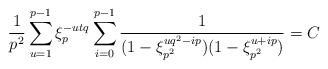
LaTeX: \begin{align*}\frac{1}{p^2}\sum_{u=1}^{p-1}\xi_{p}^{-utq}\sum_{i=0}^{p-1}\frac{1}{(1-\xi_{p^2}^{uq^2-ip})(1-\xi_{p^2}^{u+ip})}=C\end{align*}